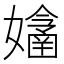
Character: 𡣔